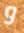
و